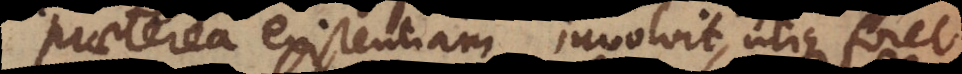
praeterea existentiam involvit, utique foret